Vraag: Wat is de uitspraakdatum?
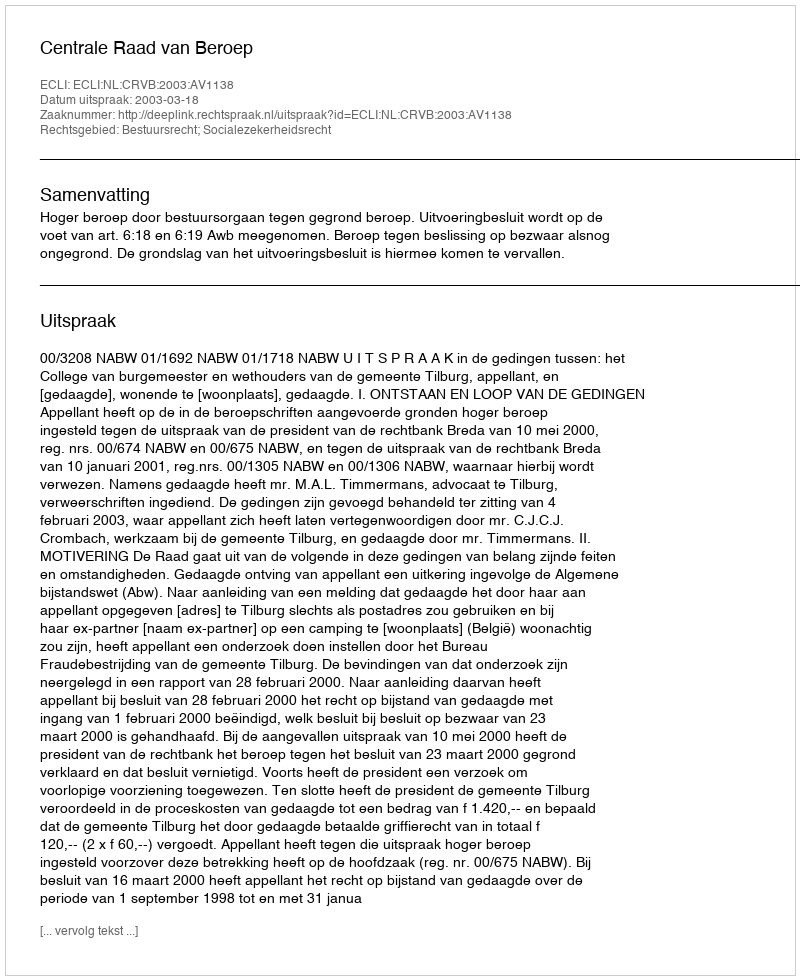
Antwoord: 2003-03-18